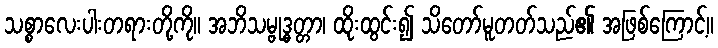
သစ္စာလေးပါးတရားတို့ကို။ အဘိသမ္ဗုဒ္ဓတ္တာ၊ ထိုးထွင်း၍ သိတော်မူတတ်သည်၏ အဖြစ်ကြောင့်။